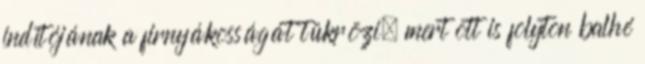
indítójának a firnyákosságát tükrözi, mert ott is folyton balhé